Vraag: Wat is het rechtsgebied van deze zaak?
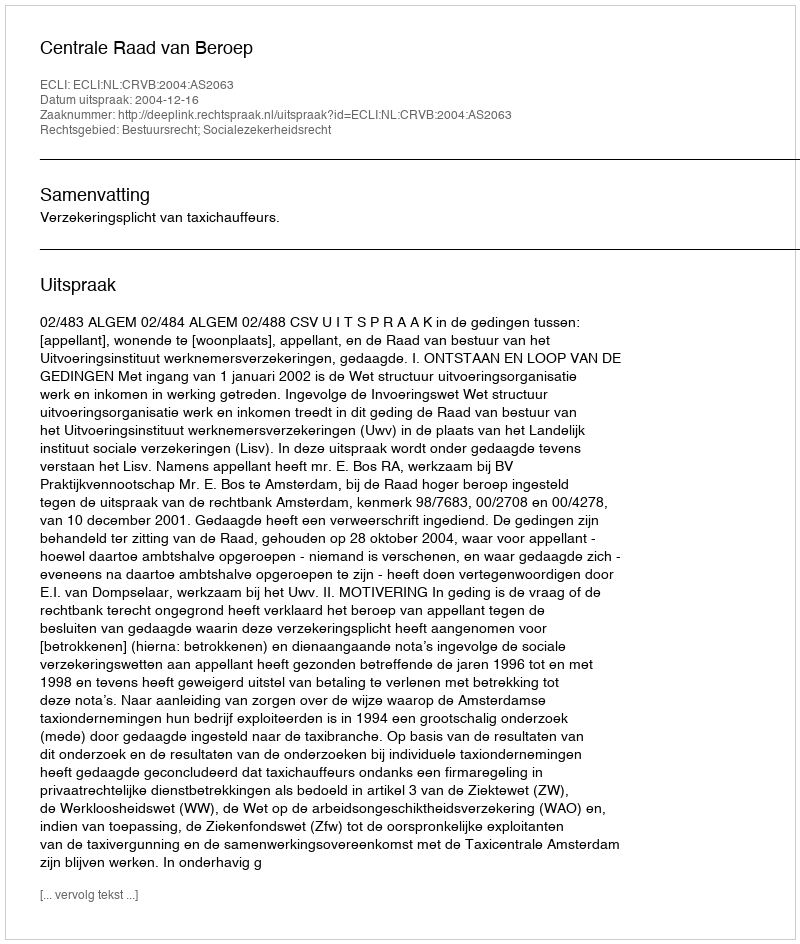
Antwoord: Bestuursrecht; Socialezekerheidsrecht